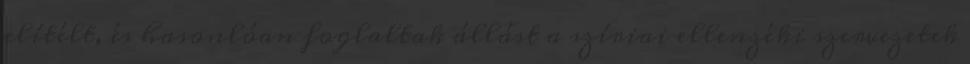
elítélt, és hasonlóan foglaltak állást a szíriai ellenzéki szervezetek